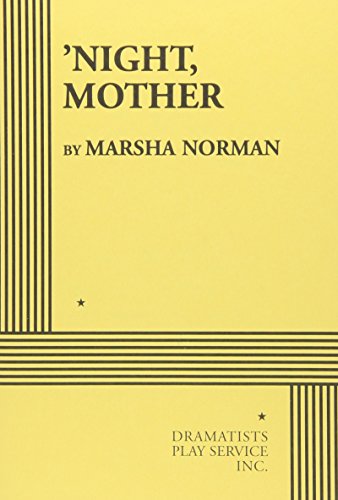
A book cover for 'Night Mother.; Marsha Norman; Literature & Fiction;